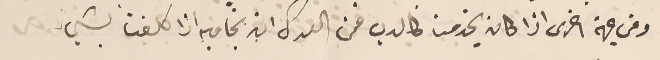
ومن جهة اخرى اذا كان يخدمنا كالاب فمن العدل ان نجامله اذا كلفنا بشي